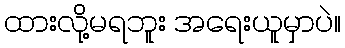
ထားလို့မရဘူး အရေးယူမှာပဲ။